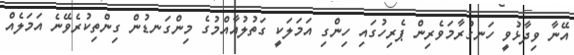
އޭނާ ވިދާޅުވީ ހަނގުރާމަވެރިން ޕެރިހުގައި ހިންގި އަމަލަކީ ގަތުލުއާއްމުގެ މިންގަނޑުން ގިންތިކުރެވޭނެ އަމަލެއް